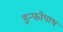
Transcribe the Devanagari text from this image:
इन्फोपाथ